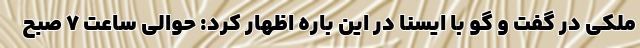
ملکی در گفت و گو با ایسنا در این باره اظهار کرد: حوالی ساعت ٧ صبح